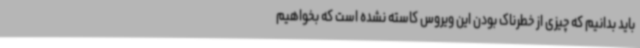
باید بدانیم که چیزی از خطرناک بودن این ویروس کاسته نشده است که بخواهیم